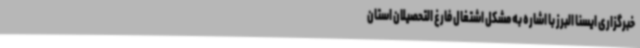
خبرگزاری ایسنا البرز با اشاره به مشکل اشتغال فارغ التحصیلان استان